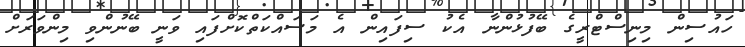
ހައުސިން މިނިސްޓްރީގެ ބޭފުޅުންނާ އެކު ސިފައިން އެ މަސައްކަތްކޮށްފައި ވަނީ ބޭނުންވި މިންވަރަށް